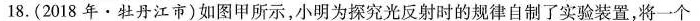
18.(2018年·牡丹江市)如图甲所示，小明为探究光反射时的规律自制了实验装置，将一个